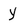
Character: y